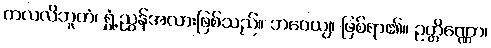
ကလလိဘူတံ၊ ရွှံ့ညွန်အလားဖြစ်သည်။ ဘဝေယျ၊ ဖြစ်ရာ၏။ ဥတ္တိဏ္ဏော၊